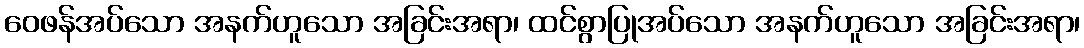
ဝေဖန်အပ်သော အနက်ဟူသော အခြင်းအရာ၊ ထင်စွာပြုအပ်သော အနက်ဟူသော အခြင်းအရာ၊